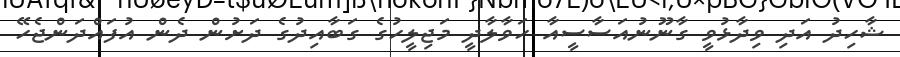
ޝާހިދު އަދި ވިދާޅުވީ ގާނޫނުއަސާސީއާ ހަވާލާދީ މަޖިލީހުގެ ގަބާއިދުގެ ދަށުން ދެން އުފައްދަންޖެހޭ